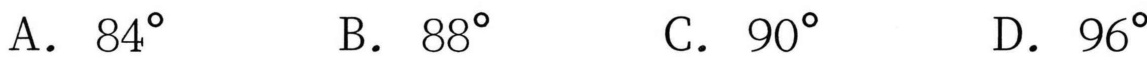
A. \(84^{\circ}\)  B. \(88^{\circ}\)  C. \(90^{\circ}\)  D. \(96^{\circ}\)